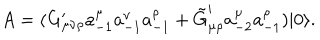
LaTeX: A = ( G _ { \mu \nu \rho } ^ { \prime } a _ { - 1 } ^ { \mu } a _ { - 1 } ^ { \nu } a _ { - 1 } ^ { \rho } + \tilde { G } _ { \mu \rho } ^ { \prime } a _ { - 2 } ^ { \mu } a _ { - 1 } ^ { \rho } ) | 0 \rangle .